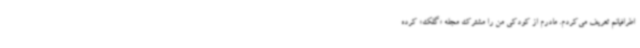
اطرافیانم تعریف می‌کردم. مادرم از کودکی من را مشترک مجله «گلک» کرده